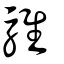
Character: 騅